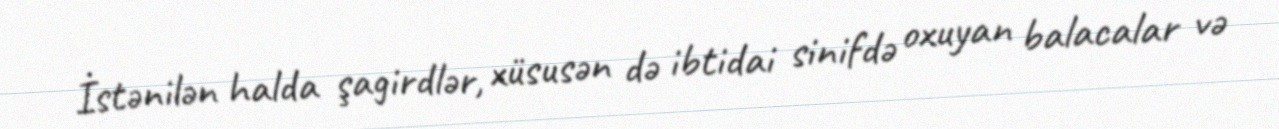
İstənilən halda şagirdlər, xüsusən də ibtidai sinifdə oxuyan balacalar və